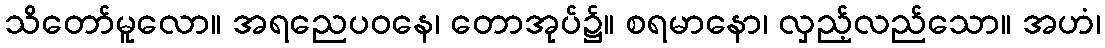
သိတော်မူလော။ အရညေပဝနေ၊ တောအုပ်၌။ စရမာနော၊ လှည့်လည်သော။ အဟံ၊